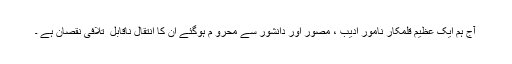
آج ہم ایک عظیم قلمکار نامور ادیب ، مصور اور دانشور سے محرو م ہوگئے ان کا انتقال ناقابل ِ تلافی نقصان ہے ۔